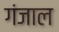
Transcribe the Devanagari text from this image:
गंजाल